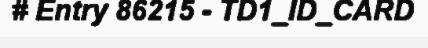
# Entry 86215 - TD1_ID_CARD